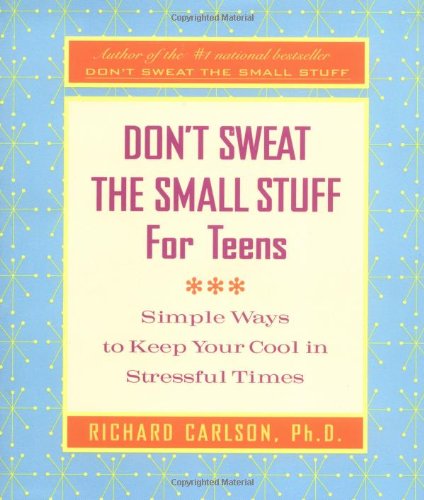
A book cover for Don't Sweat the Small Stuff for Teens: Simple Ways to Keep Your Cool in Stressful Times (Don't Sweat the Small Stuff Series); Richard Carlson; Parenting & Relationships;